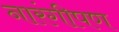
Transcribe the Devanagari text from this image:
नारंगीपण